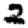
Digit: 2